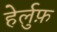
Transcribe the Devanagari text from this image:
हेर्लुफ़